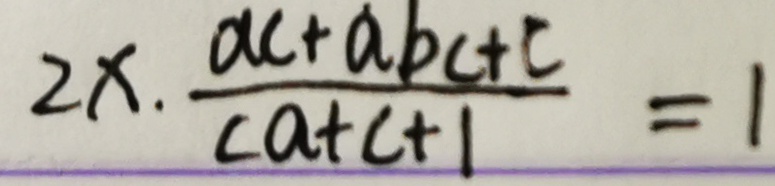
2 x . \frac { a c + a b c + c } { c a + c + 1 } = 1